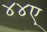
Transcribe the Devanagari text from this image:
४४ए